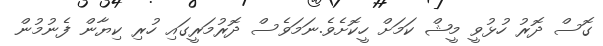
ގޮސް ދޮރު ހުޅުވީ މީޝް ކަމަށް ހީކޮށެވެ.ނަމަވެސް ދޮރުމަރީގައި ހުރި ކިޔާން ފެނުމުން